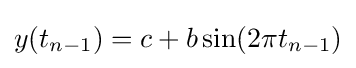
y(t_{n-1})=c+b\sin(2\pi t_{n-1})